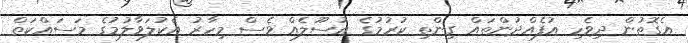
އެގޮތުން ދިވެހި އުފެއްދުންތައް ގިންތި ކުރުމުގެ އުސޫލެއް ވެސް މިހާރު އެކުލަވާލުމުގެ މަސައްކަތް